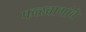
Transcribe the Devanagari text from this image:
फळबागांचे